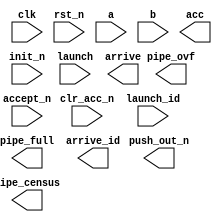
////////////////////////////////////////////////////////////////////////////////
//
//       This confidential and proprietary software may be used only
//     as authorized by a licensing agreement from Synopsys Inc.
//     In the event of publication, the following notice is applicable:
//
//                    (C) COPYRIGHT 2006 - 2023 SYNOPSYS INC.
//                           ALL RIGHTS RESERVED
//
//       The entire notice above must be reproduced on all authorized
//     copies.
//
//
// VERSION:   Verilog Simulation Model
//
// DesignWare_version: 38b2017d
// DesignWare_release: U-2022.12-DWBB_202212.5
//
////////////////////////////////////////////////////////////////////////////////
////////////////////////////////////////////////////////////////////////////////
//
// ABSTRACT: Pipelined Multiply and Accumulate Simulation Model
//
//           This receives two operands that get multiplied and
//           accumulated.  The operation is configurable to be
//           pipelined.  Also, includes pipeline management.
//
//
//              Parameters      Valid Values   Description
//              ==========      ============   ===========
//              a_width           1 to 1024    default: 8
//                                             Width of 'a' input
//
//              b_width           1 to 1024    default: 8
//                                             Width of 'a' input
//
//              acc_width         2 to 2048    default: 16
//                                             Width of 'a' input
//                                               Must be >= (a_width + b_width)
//
//              tc                  0 or 1     default: 0
//                                             Twos complement control
//                                               0 => unsigned
//                                               1 => signed
//
//              pipe_reg            0 to 7     default: 0
//                                             Pipeline register stages
//                                               0 => no pipeline register stages inserted
//                                               1 => pipeline stage0 inserted
//                                               2 => pipeline stage1 inserted
//                                               3 => pipeline stages 0 and 1 inserted
//                                               4 => pipeline stage2 pipeline inserted
//                                               5 => pipeline stages 0 and 2 pipeline inserted
//                                               6 => pipeline stages 1 and 2 inserted
//                                               7 => pipeline stages 0, 1, and 2 inserted
//
//              id_width          1 to 1024    default: 1
//                                             Width of 'launch_id' and 'arrive_id' ports
//
//              no_pm               0 or 1     default: 0
//                                             Pipeline management included control
//                                               0 => DW_pipe_mgr connected to pipeline
//                                               1 => DW_pipe_mgr bypassed
//
//              op_iso_mode         0 to 4     default: 0
//                                             Type of operand isolation
//                                               0 => Follow intent defined by Power Compiler user setting
//                                               1 => no operand isolation
//                                               2 => 'and' gate operand isolaton
//                                               3 => 'or' gate operand isolation
//                                               4 => preferred isolation style: 'and' gate
//
//
//              Input Ports:    Size           Description
//              ===========     ====           ===========
//              clk             1 bit          Input Clock
//              rst_n           1 bit          Active Low Async. Reset
//              init_n          1 bit          Active Low Sync. Reset
//              clr_acc_n       1 bit          Actvie Low Clear accumulate results
//              a               a_width bits   Multiplier
//              b               b_width bits   Multiplicand
//              launch          1 bit          Start a multiply and accumulate with a and b
//              launch_id       id_width bits  Identifier associated with 'launch' assertion
//              accept_n        1 bit          Downstream logic ready to use 'acc' result (active low)
//
//              Output Ports    Size           Description
//              ============    ====           ===========
//              acc             acc_width bits Multiply and accumulate result
//              arrive          1 bit          Valid multiply and accumulate result
//              arrive_id       id_width bits  launch_id from originating launch that produced acc result
//              pipe_full       1 bit          Upstream notification that pipeline is full
//              pipe_ovf        1 bit          Status Flag indicating pipe overflow
//              push_out_n      1 bit          Active Low Output used with FIFO (optional)
//              pipe_census     3 bits         Output bus indicating the number of pipe stages currently occupied
//
//
// MODIFIED: 
//           02/06/08  DLL Enhanced abstract and added 'op_iso_mode' parameter.
//
//
//
////////////////////////////////////////////////////////////////////////////////
module DW_piped_mac (
    clk,
    rst_n,
    init_n,
    clr_acc_n,
    a,
    b,
    acc,

    launch,
    launch_id,
    pipe_full,
    pipe_ovf,

    accept_n,
    arrive,
    arrive_id,
    push_out_n,
    pipe_census
    );

parameter integer a_width      = 8;  // RANGE 1 to 1024
parameter integer b_width      = 8;  // RANGE 1 to 1024
parameter integer acc_width    = 16; // RANGE 2 to 2048
parameter integer tc           = 0;  // RANGE 0 to 1
parameter integer pipe_reg     = 0;  // RANGE 0 to 7
parameter integer id_width     = 1;  // RANGE 1 to 1024
parameter integer no_pm        = 0;  // RANGE 0 to 1
parameter integer op_iso_mode  = 0;  // RANGE 0 to 4



input                       clk;        // Input Clock
input                       rst_n;      // Active Low Async. Reset
input                       init_n;     // Active Low Sync. Reset
input                       clr_acc_n;  // Active Low Clear accumulate results
input  [a_width-1:0]        a;          // Multiplier
input  [b_width-1:0]        b;          // Multiplicand
output [acc_width-1:0]      acc;        // Multiply and accumulate result

input                       launch;     // Start a multiply and accumulate with a and b
input  [id_width-1:0]       launch_id;  // Identifier associated with 'launch' assertion
output                      pipe_full;  // Upstream notification that pipeline is full
output                      pipe_ovf;

input                       accept_n;   // Downstream logic ready to use 'acc' result - active low
output                      arrive;     // Valid multiply and accumulate result
output [id_width-1:0]       arrive_id;  // launch_id from originating launch that produced out result
output                      push_out_n;
output [2:0]                pipe_census;



// synopsys translate_off
`define DW_max_stages   ((pipe_reg==0)?1:((pipe_reg==7)?4:(((pipe_reg==1)||(pipe_reg==2)||(pipe_reg==4))?2:3)))

  //-------------------------------------------------------------------------
  // Parameter legality check
  //-------------------------------------------------------------------------
  
 
  initial begin : parameter_check
    integer param_err_flg;

    param_err_flg = 0;
    
  
    if (a_width < 1) begin
      param_err_flg = 1;
      $display(
	"ERROR: %m :\n  Invalid value (%d) for parameter a_width (lower bound: 1)",
	a_width );
    end
  
    if (b_width < 1) begin
      param_err_flg = 1;
      $display(
	"ERROR: %m :\n  Invalid value (%d) for parameter b_width (lower bound: 1)",
	b_width );
    end
  
    if (acc_width < 2) begin
      param_err_flg = 1;
      $display(
	"ERROR: %m :\n  Invalid value (%d) for parameter acc_width (lower bound: 2)",
	acc_width );
    end
  
    if ( (tc < 0) || (tc > 1) ) begin
      param_err_flg = 1;
      $display(
	"ERROR: %m :\n  Invalid value (%d) for parameter tc (legal range: 0 to 1)",
	tc );
    end
  
    if ( (id_width < 1) || (id_width > 1024) ) begin
      param_err_flg = 1;
      $display(
	"ERROR: %m :\n  Invalid value (%d) for parameter id_width (legal range: 1 to 1024)",
	id_width );
    end
  
    if ( (pipe_reg < 0) || (pipe_reg > 7) ) begin
      param_err_flg = 1;
      $display(
	"ERROR: %m :\n  Invalid value (%d) for parameter pipe_reg (legal range: 0 to 7)",
	pipe_reg );
    end
  
    if ( (no_pm < 0) || (no_pm > 1) ) begin
      param_err_flg = 1;
      $display(
	"ERROR: %m :\n  Invalid value (%d) for parameter no_pm (legal range: 0 to 1)",
	no_pm );
    end
  
    if ( (op_iso_mode < 0) || (op_iso_mode > 4) ) begin
      param_err_flg = 1;
      $display(
	"ERROR: %m :\n  Invalid value (%d) for parameter op_iso_mode (legal range: 0 to 4)",
	op_iso_mode );
    end
  
    if ( param_err_flg == 1) begin
      $display(
        "%m :\n  Simulation aborted due to invalid parameter value(s)");
      $finish;
    end

  end // parameter_check 


wire                        launch_pm;     // Start a multiply and accumulate with a and b
wire   [id_width-1:0]       launch_id_pm;  // Identifier associated with 'launch' assertion
wire                        pipe_full_pm;  // Upstream notification that pipeline is full

wire                        accept_n_pm;   // pipe mgr downstream logic ready to use 'acc' result - active low
wire                        arrive_pm;     // pipe mgr valid multiply and accumulate result
wire   [id_width-1:0]       arrive_id_pm;  // pipe mgr launch_id from originating launch that produced out result
wire                        push_out_n_pm;

wire  [`DW_max_stages-1:0]  pipe_en_bus;
reg   [`DW_max_stages-1:0]  pipe_en_bus_pm;

wire  [2:0]                 pipe_census;
reg   [2:0]		    pipe_census_pm;
wire  [2:0]		    pipe_census_int;

reg   [a_width-1:0]         a_s0_reg;
wire  [a_width-1:0]         a_s0_selected;
reg   [a_width-1:0]         a_s1_reg;
wire  [a_width-1:0]         a_s1_selected;
reg   [b_width-1:0]         b_s0_reg;
wire  [b_width-1:0]         b_s0_selected;
reg   [b_width-1:0]         b_s1_reg;
wire  [b_width-1:0]         b_s1_selected;
reg   [acc_width-1:0]       c_int;
wire  [acc_width-1:0]       next_c_int;
wire  [acc_width-1:0]       c_int_gated;
wire  [acc_width-1:0]       sum;
wire			    tc_bit;
reg                         en0;
reg                         en1;
reg                         en2;
reg                         en_acc;
reg   [acc_width-1:0]       acc_int;
reg                         clr_acc_n_s0_reg;
wire                        clr_acc_n_s0_selected;
reg                         clr_acc_n_s1_reg;
wire                        clr_acc_n_s1_selected;
reg			    pipe_ovf_pm;
wire                        accept;
reg  [`DW_max_stages-1:0]   dtsr;
reg  [`DW_max_stages-1:0]   next_dtsr;
reg  [`DW_max_stages-1:0]   sel;
reg  [(id_width*`DW_max_stages)-1:0] idsr;
reg  [(id_width*`DW_max_stages)-1:0] next_idsr;
integer	i,j,k,l,m,n,p,idx;


always @(pipe_en_bus) begin : a1000_PROC
  case(pipe_reg)
    0: begin
	 en_acc = pipe_en_bus[0];
       end
    1: begin
	 for (idx=0; idx<`DW_max_stages; idx=idx+1) begin
	   if (idx == 0)
	     en0    = pipe_en_bus[idx];
           else
	     en_acc = pipe_en_bus[idx];
         end
       end
    2: begin
	 for (idx=0; idx<`DW_max_stages; idx=idx+1) begin
	   if (idx == 0)
	     en1    = pipe_en_bus[idx];
           else
	     en_acc = pipe_en_bus[idx];
         end
       end
    3: begin
	 for (idx=0; idx<`DW_max_stages; idx=idx+1) begin
	   if (idx == 0)
	     en0    = pipe_en_bus[idx];
           else if (idx == 1)
	     en1    = pipe_en_bus[idx];
           else
	     en_acc = pipe_en_bus[idx];
         end
       end
    4: begin
	 for (idx=0; idx<`DW_max_stages; idx=idx+1) begin
	   if (idx == 0)
	     en_acc = pipe_en_bus[idx];
           else
	     en2    = pipe_en_bus[idx];
         end
       end
    5: begin
	 for (idx=0; idx<`DW_max_stages; idx=idx+1) begin
	   if (idx == 0)
	     en0    = pipe_en_bus[idx];
           else if (idx == 1)
	     en_acc = pipe_en_bus[idx];
           else
	     en2    = pipe_en_bus[idx];
         end
       end
    6: begin
	 for (idx=0; idx<`DW_max_stages; idx=idx+1) begin
	   if (idx == 0)
	     en1    = pipe_en_bus[idx];
           else if (idx == 1)
	     en_acc = pipe_en_bus[idx];
           else
	     en2    = pipe_en_bus[idx];
         end
       end
    7: begin
	 for (idx=0; idx<`DW_max_stages; idx=idx+1) begin
	   if (idx == 0)
	     en0    = pipe_en_bus[idx];
           else if (idx == 1)
	     en1    = pipe_en_bus[idx];
           else if (idx == 2)
	     en_acc = pipe_en_bus[idx];
           else
	     en2    = pipe_en_bus[idx];
         end
       end
  endcase
end

always @(posedge clk or negedge rst_n) begin : a1001_PROC
  if (rst_n === 1'b0) begin
    a_s0_reg          <= {a_width{1'b0}};
    b_s0_reg          <= {b_width{1'b0}};
    clr_acc_n_s0_reg  <= 1'b0;
  end else if (init_n === 1'b0) begin
    a_s0_reg          <= {a_width{1'b0}};
    b_s0_reg          <= {b_width{1'b0}};
    clr_acc_n_s0_reg  <= 1'b0;
  end else if (en0 === 1'b1) begin
    a_s0_reg          <= a;
    b_s0_reg          <= b;
    clr_acc_n_s0_reg  <= clr_acc_n;
  end else begin
    a_s0_reg          <= a_s0_reg;
    b_s0_reg          <= b_s0_reg;
    clr_acc_n_s0_reg  <= clr_acc_n_s0_reg;
  end
end

assign a_s0_selected          = (pipe_reg[0]) ? a_s0_reg : a;
assign b_s0_selected          = (pipe_reg[0]) ? b_s0_reg : b;
assign clr_acc_n_s0_selected  = (pipe_reg[0]) ? clr_acc_n_s0_reg : clr_acc_n;

always @(posedge clk or negedge rst_n) begin : a1002_PROC
  if (rst_n === 1'b0) begin
    a_s1_reg          <= {a_width{1'b0}};
    b_s1_reg          <= {b_width{1'b0}};
    clr_acc_n_s1_reg  <= 1'b0;
  end else if (init_n === 1'b0) begin
    a_s1_reg          <= {a_width{1'b0}};
    b_s1_reg          <= {b_width{1'b0}};
    clr_acc_n_s1_reg  <= 1'b0;
  end else if (en1 === 1'b1) begin
    a_s1_reg          <= a_s0_selected;
    b_s1_reg          <= b_s0_selected;
    clr_acc_n_s1_reg  <= clr_acc_n_s0_selected;
  end else begin
    a_s1_reg          <= a_s1_reg;
    b_s1_reg          <= b_s1_reg;
    clr_acc_n_s1_reg  <= clr_acc_n_s1_reg;
  end
end

assign a_s1_selected          = (pipe_reg[1]) ? a_s1_reg : a_s0_selected;
assign b_s1_selected          = (pipe_reg[1]) ? b_s1_reg : b_s0_selected;
assign clr_acc_n_s1_selected  = (pipe_reg[1]) ? clr_acc_n_s1_reg : clr_acc_n_s0_selected;



assign accept = ~accept_n_pm;

always @(sel or dtsr or accept) begin : a1003_PROC
  for (i=`DW_max_stages-1; i>=0; i=i-1) begin
    if (i == `DW_max_stages-1)
      sel[i] = accept | ~dtsr[i];
    else
      sel[i] = sel[i+1] | ~dtsr[i];
  end
end

always @(sel or dtsr or launch_pm or idsr or launch_id_pm) begin : a1004_PROC
  for (j=0; j<`DW_max_stages; j=j+1) begin
    if (j == 0) begin
      if (sel[0] === 1'b1)
        next_dtsr[0] = launch_pm;
      else
        next_dtsr[0] = dtsr[0];
      if ((sel[0] === 1'b1) && (next_dtsr[0] === 1'b1))
	next_idsr[id_width-1:0] = launch_id_pm;
      else
	next_idsr[id_width-1:0] = idsr[id_width-1:0];
    end else begin
      if (sel[j] === 1'b1)
        next_dtsr[j] = dtsr[j-1];
      else
        next_dtsr[j] = dtsr[j];
      if ((sel[j] === 1'b1) && (next_dtsr[j] === 1'b1))
	for (p=0; p<id_width; p=p+1) begin
          next_idsr[(j*id_width)+p] = idsr[((j-1)*id_width)+p];
	end
      else
	for (p=0; p<id_width; p=p+1) begin
          next_idsr[(j*id_width)+p] = idsr[(j*id_width)+p];
	end
    end
  end
end

always @(sel or next_dtsr) begin : a1005_PROC
  for (k=0; k<`DW_max_stages; k=k+1) begin
     pipe_en_bus_pm[k] = sel[k] & next_dtsr[k];
  end
end

always @(dtsr or pipe_census_pm) begin : a1006_PROC
  pipe_census_pm = 3'b000;
  for (m=0; m<`DW_max_stages; m=m+1) begin
    if (dtsr[m] === 1'b1)
      pipe_census_pm = pipe_census_pm + 1'b1;
  end
end


always @(posedge clk or negedge rst_n) begin : a1007_PROC
  if (rst_n === 1'b0) begin
    dtsr         <= {`DW_max_stages{1'b0}};
    idsr         <= {(`DW_max_stages*id_width){1'b0}};
    pipe_ovf_pm  <= 1'b0;
  end else if (init_n === 1'b0) begin
    dtsr         <= {`DW_max_stages{1'b0}};
    idsr         <= {(`DW_max_stages*id_width){1'b0}};
    pipe_ovf_pm  <= 1'b0;
  end else begin
    dtsr         <= next_dtsr;
    idsr         <= next_idsr;
    pipe_ovf_pm  <= ~sel[0] & launch_pm;
  end
end


assign arrive_pm      = dtsr[`DW_max_stages-1];
assign arrive_id_pm   = idsr[(`DW_max_stages*id_width)-1:(`DW_max_stages-1)*id_width];
assign push_out_n_pm  = ~(accept & dtsr[`DW_max_stages-1]);
assign pipe_full_pm   = (pipe_census_pm == `DW_max_stages) & !accept;

// Bypass around DW_pipe_mgr inputs/outputs if parameter "no_pm" is 1
assign launch_pm       = (no_pm == 1'b1) ? 1'b1 : launch;
assign launch_id_pm    = (no_pm == 1'b1) ? {id_width{1'b0}} : launch_id;
assign pipe_full       = (no_pm == 1'b1) ? 1'b0 : pipe_full_pm;
assign pipe_ovf        = (no_pm == 1'b1) ? 1'b0 : pipe_ovf_pm;
assign pipe_en_bus     = (no_pm == 1'b1) ? {`DW_max_stages{1'b1}} : pipe_en_bus_pm;

assign accept_n_pm     = (no_pm == 1'b1) ? 1'b0 : accept_n;
assign arrive          = (no_pm == 1'b1) ? 1'b1 : arrive_pm;
assign arrive_id       = (no_pm == 1'b1) ? {id_width{1'b0}} : arrive_id_pm;
assign push_out_n      = (no_pm == 1'b1) ? 1'b0 : push_out_n_pm;
assign pipe_census_int = (no_pm == 1'b1) ? 3'b000 : pipe_census_pm;


assign tc_bit = tc[0];
assign c_int_gated = {acc_width{clr_acc_n_s1_selected}} & c_int;
  integer x,y;
  reg [acc_width-1:0] temp1,temp2;
  reg [acc_width-1:0] prod2,prodsum;
  reg [a_width+b_width-1:0] prod1;
  reg [a_width-1:0] abs_a;
  reg [b_width-1:0] abs_b;

  always @(a_s1_selected or b_s1_selected or c_int_gated or tc_bit) 
   begin
     abs_a = (a_s1_selected[a_width-1])? (~a_s1_selected + 1'b1) : a_s1_selected;
     abs_b = (b_s1_selected[b_width-1])? (~b_s1_selected + 1'b1) : b_s1_selected;
 
     temp1 = abs_a * abs_b;
     temp2 = ~(temp1 - 1'b1);
 
     prod1 = (tc_bit) ? (((a_s1_selected[a_width-1] ^ b_s1_selected[b_width-1]) && (|temp1))?
              temp2 : temp1) : a_s1_selected*b_s1_selected;
 
     if ((^(a_s1_selected ^ a_s1_selected) !== 1'b0) || (^(b_s1_selected ^ b_s1_selected) !== 1'b0) || (^(c_int_gated ^ c_int_gated) !== 1'b0) || (^(tc_bit ^ tc_bit) !== 1'b0) )
       prodsum = {acc_width {1'bX}};
     else if (tc_bit === 1'b0)
       prodsum = prod1+c_int_gated;
     else 
      begin
        if (acc_width >= a_width+b_width)
         begin
           y = a_width+b_width-1;
           for(x=(a_width+b_width-1); x>=0; x=x-1)
            begin
              prod2[x] = prod1[y];
              y = y-1;
            end
           if (acc_width > a_width+b_width)
            begin
              if (prod1[a_width+b_width-1])
               begin
                 for(x=(acc_width-1); x>=(a_width+b_width); x=x-1)
                  begin
                    prod2[x] = 1'b1;
                  end
               end
              else
               begin
                 for(x=(acc_width-1); x>=(a_width+b_width); x=x-1)
                  begin
                    prod2[x] = 1'b0;
                  end
               end
            end
         end
        else
         begin
           for(x=(acc_width-1);x>=0;x=x-1)
            begin
              prod2[x] = prod1[x];
            end
         end
        prodsum = prod2+c_int_gated;
      end
   end
  assign sum = prodsum;

 assign next_c_int = en_acc ? sum : c_int;

  always @ (posedge clk or negedge rst_n) begin : a1008_PROC
    if (rst_n === 1'b0) begin
      c_int                <= {acc_width{1'b0}};
      acc_int              <= {acc_width{1'b0}};
    end else if (init_n === 1'b0) begin
      c_int                <= {acc_width{1'b0}};
      acc_int              <= {acc_width{1'b0}};
    end else begin
      c_int                <= next_c_int;
      if (en2 === 1'b1)
        acc_int              <= c_int;
      else
        acc_int              <= acc_int;
    end
  end

  assign acc          = (pipe_reg[2] == 1'b1) ? acc_int : c_int;
  assign pipe_census  = pipe_census_int;

  
`ifndef DW_DISABLE_CLK_MONITOR
`ifndef DW_SUPPRESS_WARN
  always @ (clk) begin : monitor_clk 
    if ( (clk !== 1'b0) && (clk !== 1'b1) && ($time > 0) )
      $display ("WARNING: %m:\n at time = %0t: Detected unknown value, %b, on clk input.", $time, clk);
    end // monitor_clk 
`endif
`endif

`undef DW_max_stages
// synopsys translate_on
endmodule